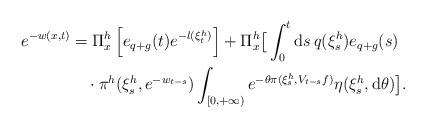
LaTeX: \begin{align*}e^{-w(x,t)}&=\Pi_{x}^{h}\left[e_{q+g}(t)e^{-l(\xi^{h}_{t})}\right]+\Pi^{h}_{x}\big[\int_{0}^{t}{\rm d}s\,q(\xi^{h}_{s})e_{q+g}(s)\\ &\quad\cdot\pi^{h}(\xi^{h}_{s},e^{-w_{t-s}})\int_{[0,+\infty)}e^{-\theta\pi(\xi^{h}_{s},V_{t-s}f)}\eta(\xi^{h}_{s},{\rm d}\theta)\big].\end{align*}